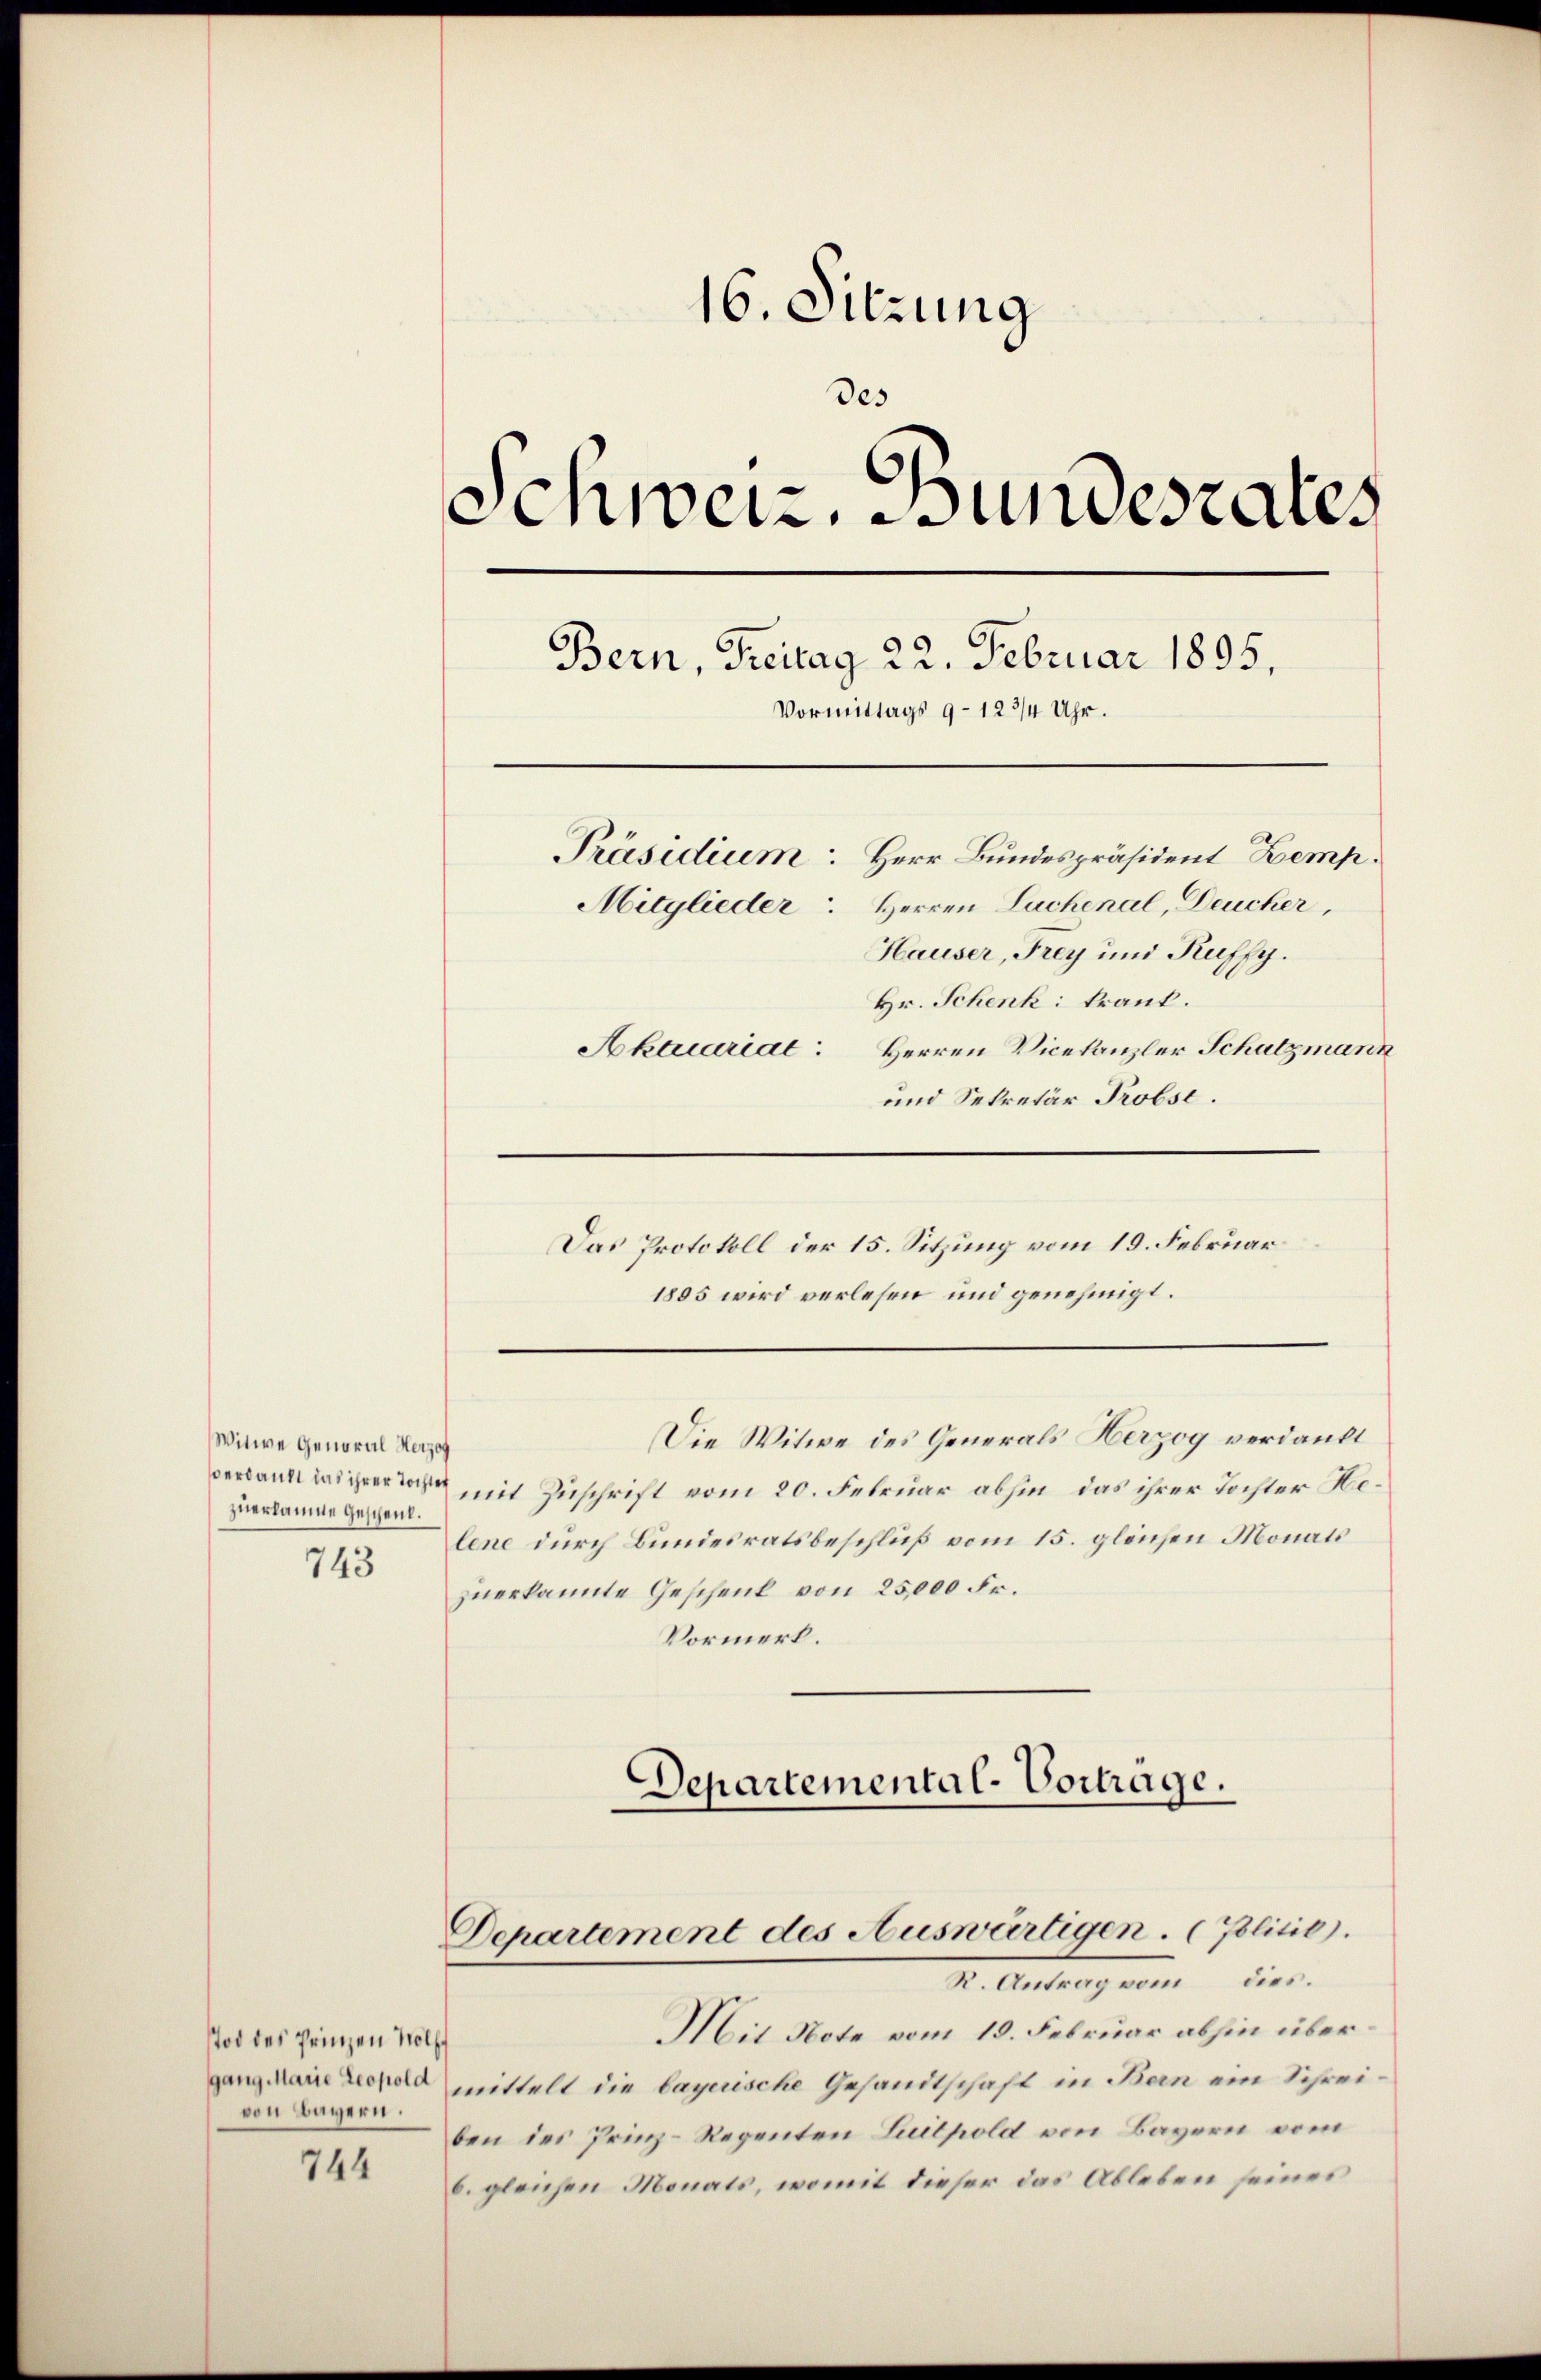
16. Sitzung
des
Schwer. Bundesrates
Bern, Freitag 22. Februar 1895.
Vormittags 9–123/4 Uhr.
Präsidium: Herr Bundespräsident Kemp¬
Mitglieder Herren Lachenal, Deucher,
Hauser, Frey und Kuffy.
Hr. Schenk krank.
Aktuariat: Herren Vicekanzler Schatzmann
und Sekretär Probst.

Das Protokoll der 15. Sitzung vom 19. Februar
1885 wird verlesen und genehmigt.

Die Witwe des Generals Herzog verdankt
veran die mit Zuschrift vom 20. Februar abhin, das ihrer Tochter Helene durch Bundesratsbeschluß vom 15. gleichen Monats
zuerkannte Geschenk von 25,000 Fr.
Vormerk.
Departemental-Vorträge.

Witwe General Herzaf
zuerläume geschenk.

743

Departement des Auswärtigen. (Politis).
Dr. Antrag von dies

Mit Note vom 13. Februar abhin übergang Main Leopold mittelt die bayerische Gesandtschaft in Bern ein Schreiben des Prinz-Regenten Suilpold von Bayern vom
6. gleichen Monats, womit dieser das Ableben seines

Tod des Prinzen Wolff
von Bayern.

744